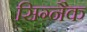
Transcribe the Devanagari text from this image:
सिग्‍नैक